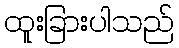
ထူးခြားပါသည်